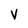
Character: V